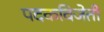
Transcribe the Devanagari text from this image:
पदकविजेती